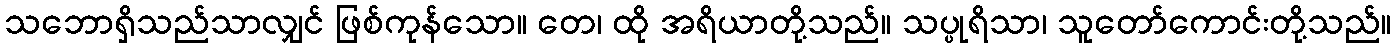
သဘောရှိသည်သာလျှင် ဖြစ်ကုန်သော။ တေ၊ ထို အရိယာတို့သည်။ သပ္ပုရိသာ၊ သူတော်ကောင်းတို့သည်။